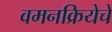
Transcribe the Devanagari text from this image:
वमनक्रियेचे